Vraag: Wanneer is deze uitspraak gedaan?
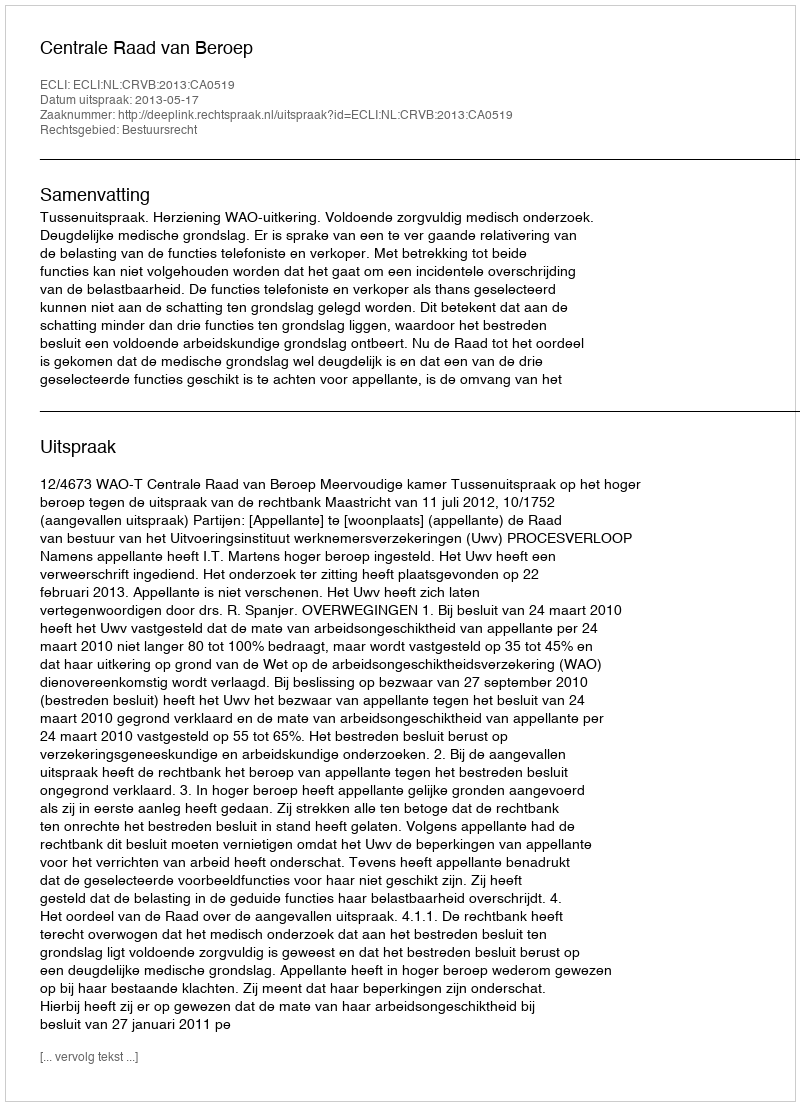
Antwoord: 2013-05-17